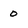
Character: 0